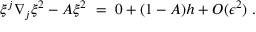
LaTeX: \xi ^ { j } \nabla _ { j } \xi ^ { 2 } - A \xi ^ { 2 } \ = \ 0 + ( 1 - A ) h + O ( \epsilon ^ { 2 } ) \ .